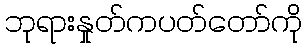
ဘုရားနှုတ်ကပတ်တော်ကို